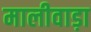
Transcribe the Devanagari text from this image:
मालीवाड़ा